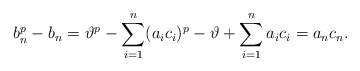
\begin{align*} b_n^p-b_n=\vartheta^p-\sum_{i=1}^n(a_ic_i)^p-\vartheta+\sum_{i=1}^na_ic_i =a_nc_n.\end{align*}